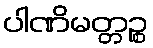
ပါဏိမတ္တဉ္စ